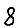
Digit: 8